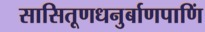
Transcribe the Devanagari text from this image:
सासितूणधनुर्बाणपाणिं